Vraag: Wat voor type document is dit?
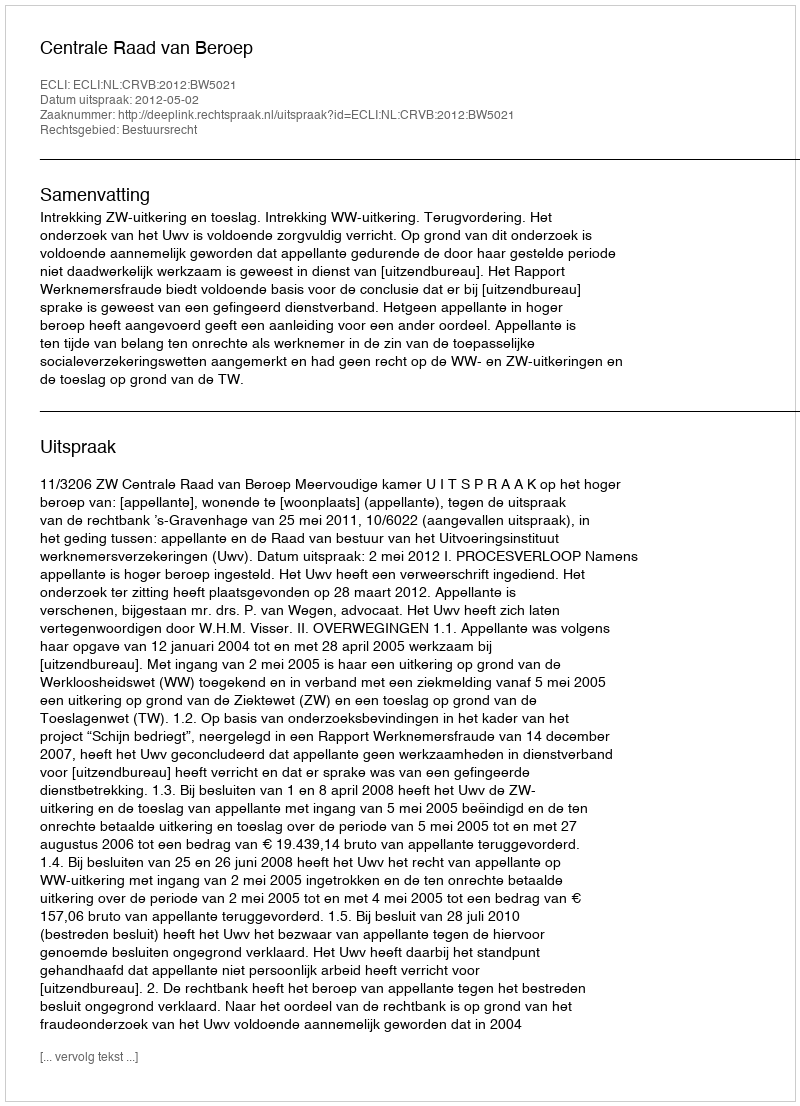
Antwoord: Uitspraak